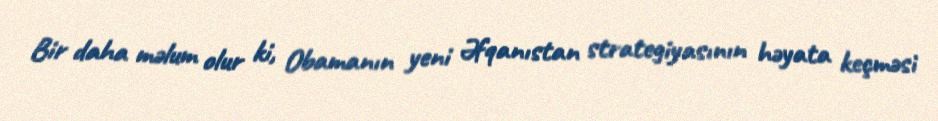
Bir daha məlum olur ki, Obamanın yeni Əfqanıstan strategiyasının həyata keçməsi